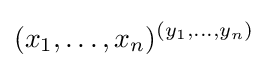
(x_{1},\ldots ,x_{n})^{(y_{1},\ldots ,y_{n})}